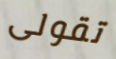
تقولى